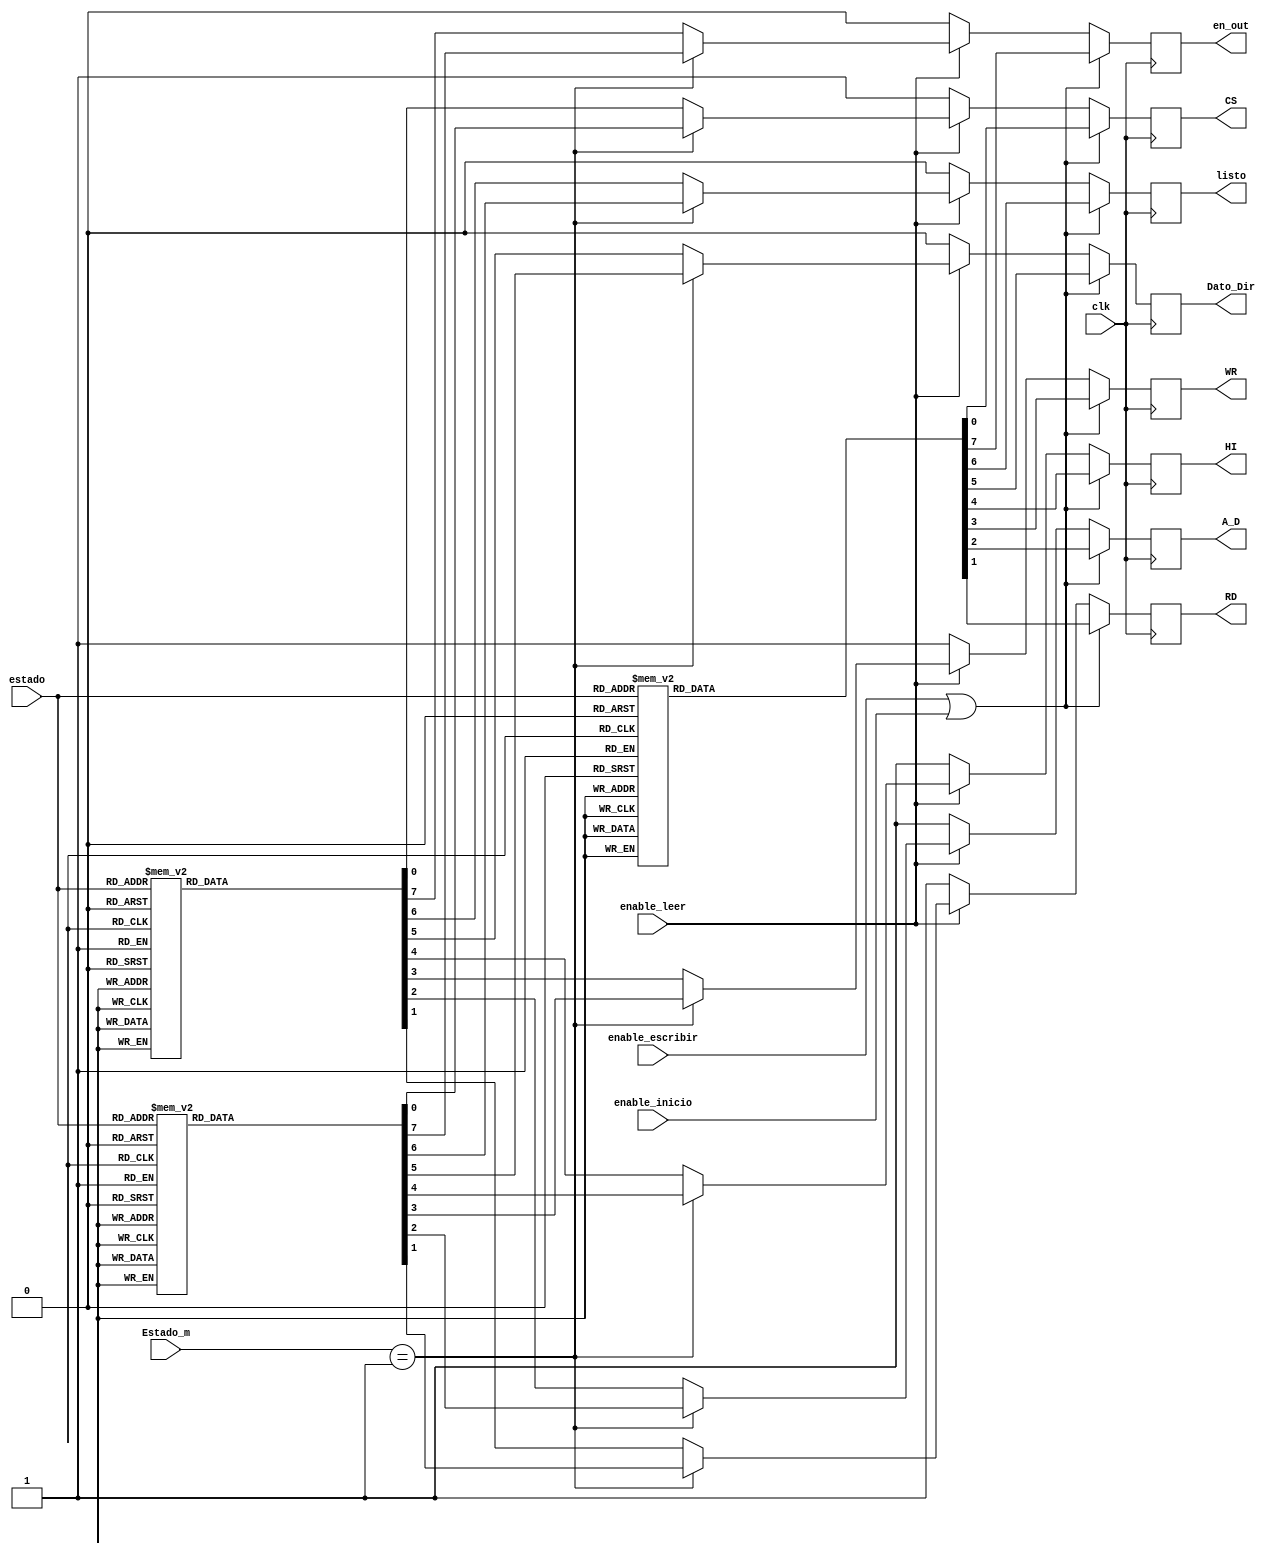
`timescale 1ns / 1ps
//////////////////////////////////////////////////////////////////////////////////
// Company: 
// Engineer: 
// 
// Design Name: 
// Module Name:    Control_de_Tiempos 
// Project Name: 
// Target Devices: 
// Tool versions: 
// Description: 
//
// Dependencies: 
//
// Revision: 
// Revision 0.01 - File Created
// Additional Comments: 
//
//////////////////////////////////////////////////////////////////////////////////
module Control_de_Tiempos(
	 input enable_inicio,         
	 input enable_escribir,
	 input clk,
	 input enable_leer,
	 input [3:0] estado,
	 input [2:0] Estado_m,
    output reg A_D,
	 output reg CS,
	 output reg RD,
	 output reg WR,
	 output reg HI,
	 output reg Dato_Dir,
	 output reg listo,
	 output reg en_out
    );
    
	 
	 always @(posedge clk)
	   begin
	    if (enable_escribir || enable_inicio )
		 begin
		    case (estado)
          4'd0: begin
					    CS <= 1; 
						 RD <= 1;
						 A_D <= 1;
						 WR <= 1;
						 HI <= 1;
						 Dato_Dir <= 0;
						 listo <= 0;
						 en_out <= 0;
						 
					 end 
          4'd1: begin 
					    CS <= 1; 
						 RD <= 1;
						 A_D <= 0;
						 WR <= 1;
						 HI <= 1;
						 Dato_Dir <= 0;
						 listo <= 0;
						 en_out <= 0;
					 end 
          4'd2: begin
					    CS <= 0; 
						 RD <= 1;
						 A_D <= 0;
						 WR <= 0;
						 HI <= 1;
						 Dato_Dir <= 0;
						 listo <= 0;
						 en_out <= 0;
			       end
          4'd3: begin
					    CS <= 0; 
						 RD <= 1;
						 A_D <= 0;
						 WR <= 0;
						 HI <= 1;
						 Dato_Dir <= 0;
						 listo <= 0;
						 en_out <= 0;
			       end
          4'd4: begin 
					    CS <= 0; 
						 RD <= 1;
						 A_D <= 0;
						 WR <= 0;
						 HI <= 0;
						 Dato_Dir <= 0;
						 listo <= 0;
						 en_out <= 0;
					 end
          4'd5: begin 
					    CS <= 1; 
						 RD <= 1;
						 A_D <= 0;
						 WR <= 1;
						 HI <= 1;
						 Dato_Dir <= 0;
						 listo <= 0;
						 en_out <= 0;
                end						 
          4'd6: begin 
					    CS <= 1; 
						 RD <= 1;
						 A_D <= 1;
						 WR <= 1;
						 HI <= 1;
						 Dato_Dir <= 1;
						 listo <= 0;
						 en_out <= 0;
                end						 
          4'd7: begin 
					    CS <= 0; 
						 RD <= 1;
						 A_D <= 1;
						 WR <= 0;
						 HI <= 1;
						 Dato_Dir <= 1;
						 listo <= 0;
						 en_out <= 0;
                end						 
          4'd8: begin 
					    CS <= 0; 
						 RD <= 1;
						 A_D <= 1;
						 WR <= 0;
						 HI <= 1;
						 Dato_Dir <= 1;
						 listo <= 0;
						 en_out <= 0;
					 end 
          4'd9: begin 
					    CS <= 0; 
						 RD <= 1;
						 A_D <= 1;
						 WR <= 0;
						 HI <= 0;
						 Dato_Dir <= 1;
						 listo <= 0;
						 en_out <= 0;
					 end 
          4'd10: begin 
					    CS <= 1; 
						 RD <= 1;
						 A_D <= 1;
						 WR <= 1;
						 HI <= 1;
						 Dato_Dir <= 1;
						 listo <= 0;
						 en_out <= 0;
					  end
          4'd11: begin 
					    CS <= 1; 
						 RD <= 1;
						 A_D <= 1;
						 WR <= 1;
						 HI <= 1;
						 Dato_Dir <= 1;
						 listo <= 1;
						 en_out <= 0;
					  end 	 
          default: begin
					    CS <= 1; 
						 RD <= 1;
						 A_D <= 1;
						 WR <= 1;
						 HI <= 1;
						 Dato_Dir <= 0;
						 listo <= 0;
						 en_out <= 0;
			          end 
          endcase			 
		 end
		 else 
		 if (enable_leer)
		 begin
		 if (Estado_m == 3'd1)
		 begin
		    case (estado)
          4'd0: begin
					    CS <= 1; 
						 RD <= 1;
						 A_D <= 1;
						 WR <= 1;
						 HI <= 1;
						 Dato_Dir <= 0;
						 listo <= 0;
						 en_out <= 0;
					 end 
          4'd1: begin 
					    CS <= 1; 
						 RD <= 1;
						 A_D <= 0;
						 WR <= 1;
						 HI <= 1;
						 Dato_Dir <= 0;
						 listo <= 0;
						 en_out <= 0;
					 end 
          4'd2: begin
					    CS <= 0; 
						 RD <= 1;
						 A_D <= 0;
						 WR <= 0;
						 HI <= 1;
						 Dato_Dir <= 0;
						 listo <= 0;
						 en_out <= 0;
			       end
          4'd3: begin
					    CS <= 0; 
						 RD <= 1;
						 A_D <= 0;
						 WR <= 0;
						 HI <= 1;
						 Dato_Dir <= 0;
						 listo <= 0;
						 en_out <= 0;
			       end
          4'd4: begin 
					    CS <= 0; 
						 RD <= 1;
						 A_D <= 0;
						 WR <= 0;
						 HI <= 0;
						 Dato_Dir <= 0;
						 listo <= 0;
						 en_out <= 0;
					 end
          4'd5: begin 
					    CS <= 1; 
						 RD <= 1;
						 A_D <= 0;
						 WR <= 1;
						 HI <= 1;
						 Dato_Dir <= 0;
						 listo <= 0;
						 en_out <= 0;
                end						 
          4'd6: begin 
					    CS <= 1; 
						 RD <= 1;
						 A_D <= 1;
						 WR <= 1;
						 HI <= 1;
						 Dato_Dir <= 1;
						 listo <= 0;
						 en_out <= 0;
                end						 
          4'd7: begin 
					    CS <= 0; 
						 RD <= 0;
						 A_D <= 1;
						 WR <= 1;
						 HI <= 1;
						 Dato_Dir <= 1;
						 listo <= 0;
						 en_out <= 0;
                end						 
          4'd8: begin 
					    CS <= 0; 
						 RD <= 0;
						 A_D <= 1;
						 WR <= 1;
						 HI <= 1;
						 Dato_Dir <= 1;
						 listo <= 0;
						 en_out <= 0;
					 end 
          4'd9: begin 
					    CS <= 0; 
						 RD <= 0;
						 A_D <= 1;
						 WR <= 1;
						 HI <= 1;
						 Dato_Dir <= 1;
						 listo <= 0;
						 en_out <= 0;
					 end
          4'd10: begin 
					    CS <= 1; 
						 RD <= 1;
						 A_D <= 1;
						 WR <= 1;
						 HI <= 1;
						 Dato_Dir <= 1;
						 listo <= 0;
						 en_out <= 0;
					  end
          4'd11: begin 
					    CS <= 1; 
						 RD <= 1;
						 A_D <= 1;
						 WR <= 1;
						 HI <= 1;
						 Dato_Dir <= 1;
						 listo <= 1;
						 en_out <= 0;
					  end 	 
          default: begin
					    CS <= 1; 
						 RD <= 1;
						 A_D <= 1;
						 WR <= 1;
						 HI <= 1;
						 Dato_Dir <= 0;
						 listo <= 0;
						 en_out <= 0;
			          end 
          endcase		
		 end
		 else
		 begin
		    		    case (estado)
          4'd0: begin
					    CS <= 1; 
						 RD <= 1;
						 A_D <= 1;
						 WR <= 1;
						 HI <= 1;
						 Dato_Dir <= 0;
						 listo <= 0;
						 en_out <= 0;
					 end 
          4'd1: begin 
					    CS <= 1; 
						 RD <= 1;
						 A_D <= 0;
						 WR <= 1;
						 HI <= 1;
						 Dato_Dir <= 0;
						 listo <= 0;
						 en_out <= 0;
					 end 
          4'd2: begin
					    CS <= 0; 
						 RD <= 1;
						 A_D <= 0;
						 WR <= 0;
						 HI <= 1;
						 Dato_Dir <= 0;
						 listo <= 0;
						 en_out <= 0;
			       end
          4'd3: begin
					    CS <= 0; 
						 RD <= 1;
						 A_D <= 0;
						 WR <= 0;
						 HI <= 1;
						 Dato_Dir <= 0;
						 listo <= 0;
						 en_out <= 0;
			       end
          4'd4: begin 
					    CS <= 0; 
						 RD <= 1;
						 A_D <= 0;
						 WR <= 0;
						 HI <= 0;
						 Dato_Dir <= 0;
						 listo <= 0;
						 en_out <= 0;
					 end
          4'd5: begin 
					    CS <= 1; 
						 RD <= 1;
						 A_D <= 0;
						 WR <= 1;
						 HI <= 1;
						 Dato_Dir <= 0;
						 listo <= 0;
						 en_out <= 0;
                end						 
          4'd6: begin 
					    CS <= 1; 
						 RD <= 1;
						 A_D <= 1;
						 WR <= 1;
						 HI <= 1;
						 Dato_Dir <= 1;
						 listo <= 0;
						 en_out <= 0;
                end						 
          4'd7: begin 
					    CS <= 0; 
						 RD <= 0;
						 A_D <= 1;
						 WR <= 1;
						 HI <= 1;
						 Dato_Dir <= 1;
						 listo <= 0;
						 en_out <= 0;
                end						 
          4'd8: begin 
					    CS <= 0; 
						 RD <= 0;
						 A_D <= 1;
						 WR <= 1;
						 HI <= 1;
						 Dato_Dir <= 1;
						 listo <= 0;
						 en_out <= 0;
					 end 
          4'd9: begin 
					    CS <= 0; 
						 RD <= 0;
						 A_D <= 1;
						 WR <= 1;
						 HI <= 1;
						 Dato_Dir <= 1;
						 listo <= 0;
						 en_out <= 1;
					 end
          4'd10: begin 
					    CS <= 1; 
						 RD <= 1;
						 A_D <= 1;
						 WR <= 1;
						 HI <= 1;
						 Dato_Dir <= 1;
						 listo <= 0;
						 en_out <= 0;
					  end
          4'd11: begin 
					    CS <= 1; 
						 RD <= 1;
						 A_D <= 1;
						 WR <= 1;
						 HI <= 1;
						 Dato_Dir <= 1;
						 listo <= 1;
						 en_out <= 0;
					  end 	 
          default: begin
					    CS <= 1; 
						 RD <= 1;
						 A_D <= 1;
						 WR <= 1;
						 HI <= 1;
						 Dato_Dir <= 0;
						 listo <= 0;
						 en_out <= 0;
			          end 
          endcase		
		 end 
		 end
		 else 
		 begin
		    CS <= 1; 
			 RD <= 1;
			 A_D <= 1;
			 WR <= 1;
			 HI <= 1;
			 Dato_Dir <= 0;
			 listo <= 0;
			 en_out <= 0;
		 end
	  end 
endmodule